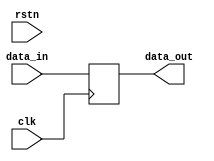
`timescale 1ns / 1ps
//////////////////////////////////////////////////////////////////////////////////
// Company: 
// Engineer: 
// 
// Design Name: 
// Module Name: regn
// Project Name: 
// Target Devices: 
// Tool Versions: 
// Description: 
// 
// Dependencies: 
// 
// Revision:
// Revision 0.01 - File Created
// Additional Comments:
// 
//////////////////////////////////////////////////////////////////////////////////


module regn(
    input clk,
    input rstn,
    input [127:0] data_in,
    output reg [127:0] data_out
    );
    
    reg [127:0] regs = 0;
    wire [127:0] out;
    
    always@(posedge clk) begin
        data_out <= data_in; 
    end
    
endmodule